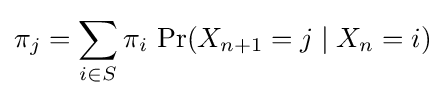
\pi _{j}=\sum _{i\in S}\pi _{i}\,\Pr(X_{n+1}=j\mid X_{n}=i)